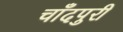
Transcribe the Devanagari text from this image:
चाँदपुरी